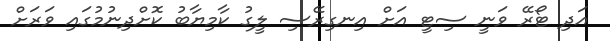
އަދި ޓޯރޭ ވަނީ ސިޓީ އަށް އިނގިރޭސި ލީގު ކާމިޔާބު ކޮށްދިނުމުގައި ވަރަށް